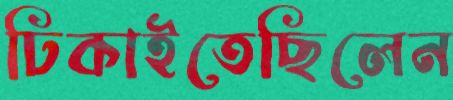
ঢিকাইতেছিলেন